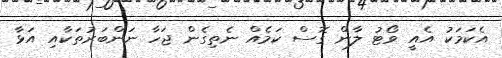
އެކަމަކު އެއީ ވޯޓު ލާން ގޮސް ކަމެއް ނެތިގެން ޖަހާ ނަންބަރުތަކާއި އަޅާ